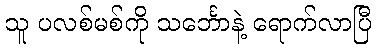
သူ ပလစ်မစ်ကို သင်္ဘောနဲ့ ရောက်လာပြီ